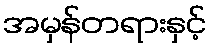
အမှန်တရားနှင့်